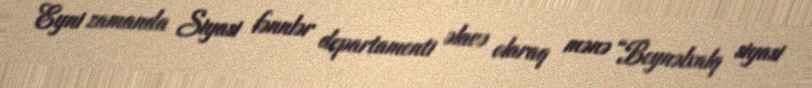
Eyni zamanda Siyasi fənnlər departamenti əlavə olaraq mənə “Beynəlxalq siyasi